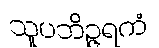
သူပဘိဉ္ဇရကံ